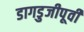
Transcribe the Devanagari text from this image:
डागडुजीपूर्वी